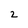
Character: 2